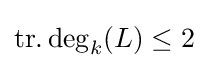
\operatorname {tr.deg} _{k}(L)\leq 2